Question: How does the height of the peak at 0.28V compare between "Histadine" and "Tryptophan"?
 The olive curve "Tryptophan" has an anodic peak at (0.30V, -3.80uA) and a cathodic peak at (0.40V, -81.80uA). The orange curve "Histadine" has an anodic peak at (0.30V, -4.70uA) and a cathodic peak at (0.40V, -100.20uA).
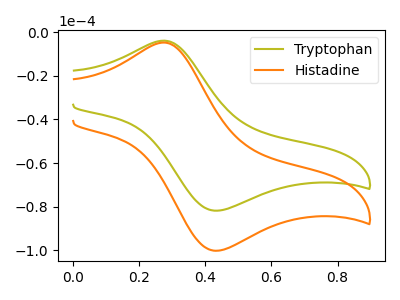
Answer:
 <answer>The peak at 0.28V is lower in "Histadine" than in "Tryptophan".</answer>
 <eval>lower</eval>